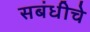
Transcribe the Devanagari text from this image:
सबंधीचे